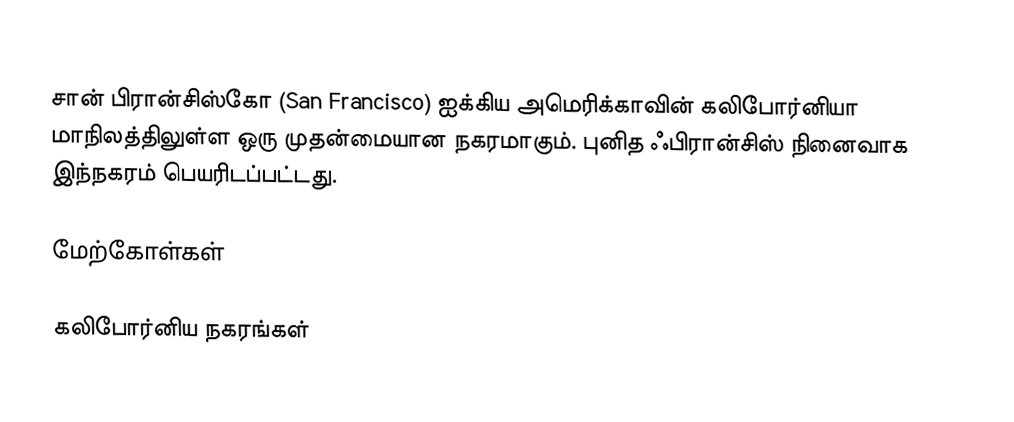
சான் பிரான்சிஸ்கோ (San Francisco) ஐக்கிய அமெரிக்காவின் கலிபோர்னியா மாநிலத்திலுள்ள ஒரு முதன்மையான நகரமாகும். புனித ஃபிரான்சிஸ் நினைவாக இந்நகரம் பெயரிடப்பட்டது.

மேற்கோள்கள்

கலிபோர்னிய நகரங்கள்